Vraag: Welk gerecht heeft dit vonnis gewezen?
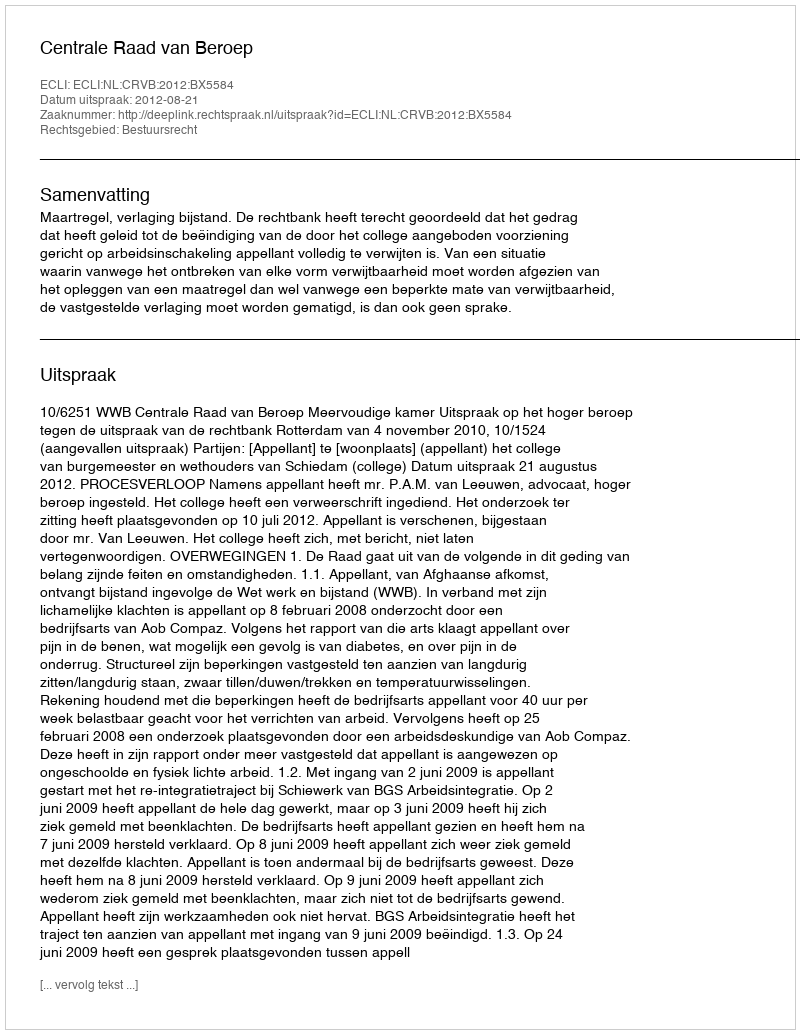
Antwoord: Centrale Raad van Beroep